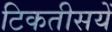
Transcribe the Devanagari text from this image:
टिकतीसयें